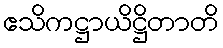
ဧသိကဋ္ဌာယိဋ္ဌိတာတိ